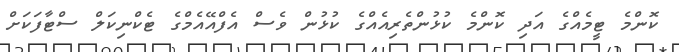
ކޮންމެ ޓީމެއްގެ އަދި ކޮންމެ ކުޅުންތެރިއެއްގެ ކުޅުން ވެސް އެފްއޭއެމްގެ ޓެކްނިކަލް ސްޓާފަކަށް